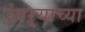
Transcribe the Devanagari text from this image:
उंबऱ्याच्या